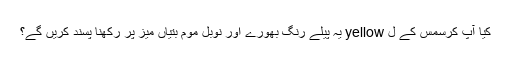
کیا آپ کرسمس کے ل yellow یہ پیلے رنگ بھورے اور نوبل موم بتیاں میز پر رکھنا پسند کریں گے؟